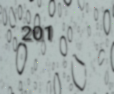
201